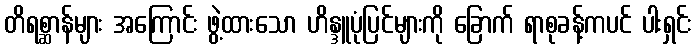
တိရစ္ဆာန်များ အကြောင်း ဖွဲ့ထားသော ဟိန္ဒူပုံပြင်များကို ခြောက် ရာစုခန့်ကပင် ပါးရှင်း